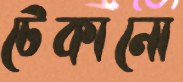
টেকানো